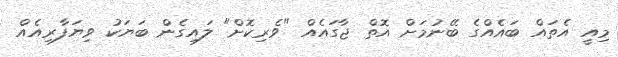
މިއީ އެތައް ބައެއްގެ ބޭނުމަށް އޮތް ޖާގައެއް "ވެރިކޮށް" ލައިގެން ބަޔަކު ވިޔަފާރިއެއް